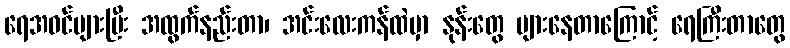
ရေအဝင်များပြီး အထွက်နည်းတာ၊ အင်းလေးကန်ထဲမှာ နုန်းတွေ များနေတာကြောင့် ရေကြီးတာတွေ